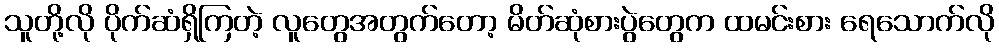
သူတို့လို ပိုက်ဆံရှိကြတဲ့ လူတွေအတွက်တော့ မိတ်ဆုံစားပွဲတွေက ထမင်းစား ရေသောက်လို